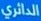
الدائري